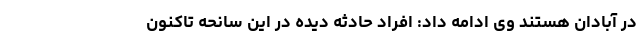
در آبادان هستند وی ادامه داد: افراد حادثه دیده در این سانحه تاکنون